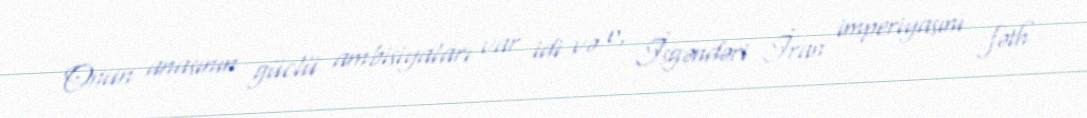
Onun anasının güclü ambisiyaları var idi və o, İsgəndəri İran imperiyasını fəth